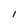
Character: I